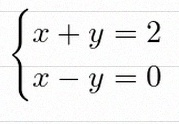
\begin{cases}x+y=2\\x-y=0\end{cases}